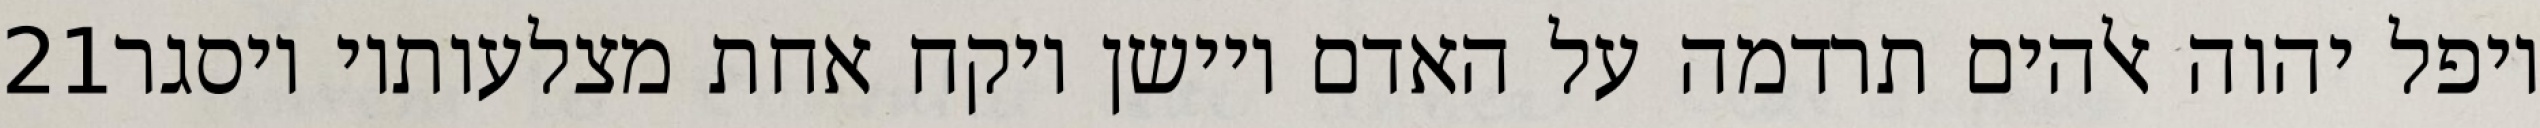
‎21‏ ויפל יהוה אלהים תרדמה על האדם ויישן ויקח אחת מצלעותיו ויסגר